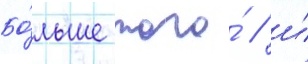
Бо́льше того́ / и́